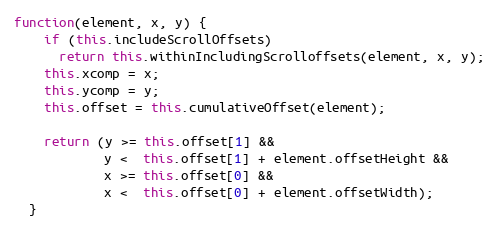
Language: JavaScript
function(element, x, y) {
    if (this.includeScrollOffsets)
      return this.withinIncludingScrolloffsets(element, x, y);
    this.xcomp = x;
    this.ycomp = y;
    this.offset = this.cumulativeOffset(element);

    return (y >= this.offset[1] &&
            y <  this.offset[1] + element.offsetHeight &&
            x >= this.offset[0] &&
            x <  this.offset[0] + element.offsetWidth);
  }